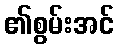
၏စွမ်းအင်